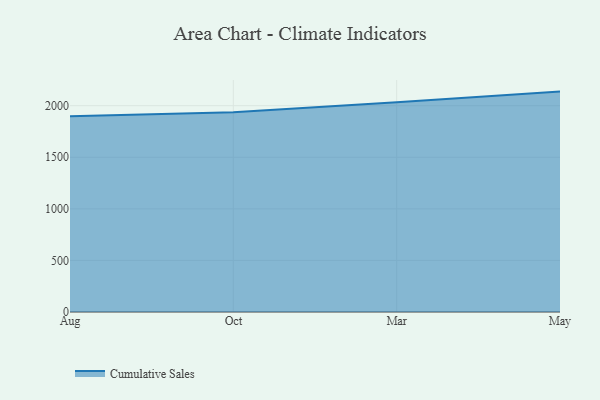
{"axis": {"x": "Month", "y": "Waste Production (Tons)"}, "legend": ["Cumulative Sales"], "data": [{"x": "Aug", "y": 1897.3, "type": "Cumulative Sales"}, {"x": "Oct", "y": 1935.8, "type": "Cumulative Sales"}, {"x": "Mar", "y": 2034.1, "type": "Cumulative Sales"}, {"x": "May", "y": 2136.7, "type": "Cumulative Sales"}]}